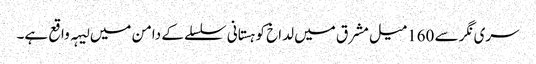
سری نگر سے 160میل مشرق میں لداخ کوہستانی سلسلے کے دامن میں لیہہ واقع ہے۔